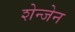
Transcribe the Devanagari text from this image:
शेन्जेन